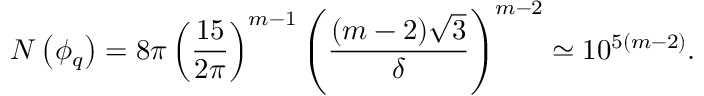
N \left( \phi _ { q } \right) = 8 \pi \left( \frac { 1 5 } { 2 \pi } \right) ^ { m - 1 } \left( \frac { ( m - 2 ) \sqrt { 3 } } { \delta } \right) ^ { m - 2 } \simeq 1 0 ^ { 5 \left( m - 2 \right) } .